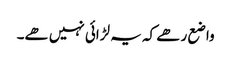
واضع رھے کہ یہ لڑائی نہیں ھے۔